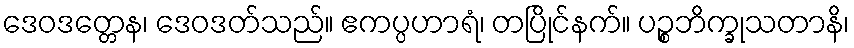
ဒေဝဒတ္တေန၊ ဒေဝဒတ်သည်။ ဧကပ္ပဟာရံ၊ တပြိုင်နက်။ ပဉ္စဘိက္ခုသတာနိ၊